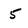
Character: 5